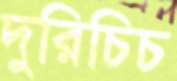
দুরিচিচ